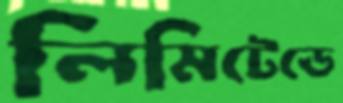
লিমিটেডে